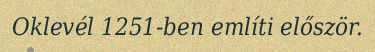
Oklevél 1251-ben említi először.